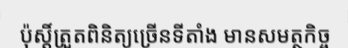
ប៉ុស្តិ៍ត្រួតពិនិត្យច្រើនទីតាំង មានសមត្ថកិច្ច